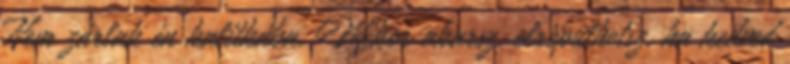
Nem zárlak én kalitkába. Mikor akarsz, elröpülhetsz, ha kedved